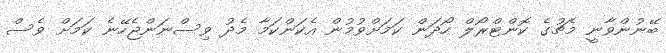
ބޭނުންވާނީ މެޗުގެ ކޮންޓްރޯލް ހޯދަން ކަމަށްވުމުން އެކަންކަމާ މެދު ވިސްނަންޖެހޭނެ ކަމަށް ވެސް